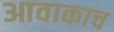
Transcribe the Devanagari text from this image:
आवाकाच